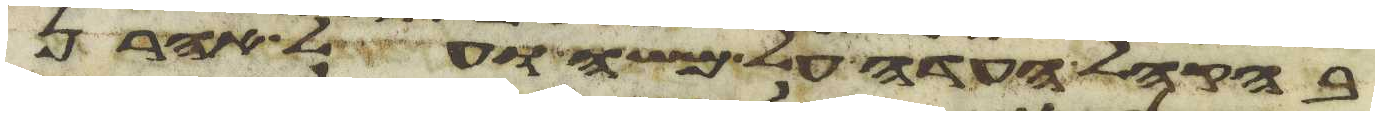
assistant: בהקהל העדה על משה ועל אהרן